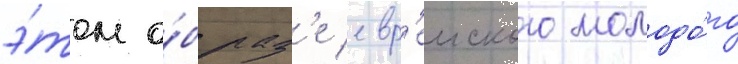
э́том о́браз'е евр'еиского молодо́го